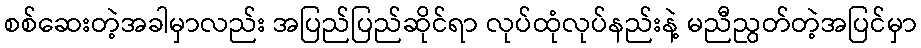
စစ်ဆေးတဲ့အခါမှာလည်း အပြည်ပြည်ဆိုင်ရာ လုပ်ထုံလုပ်နည်းနဲ့ မညီညွတ်တဲ့အပြင်မှာ